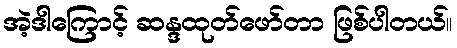
အဲ့ဒါကြောင့် ဆန္ဒထုတ်ဖော်တာ ဖြစ်ပါတယ်။